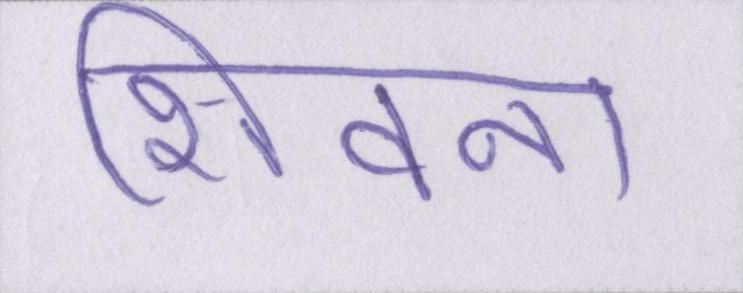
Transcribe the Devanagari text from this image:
शिवना